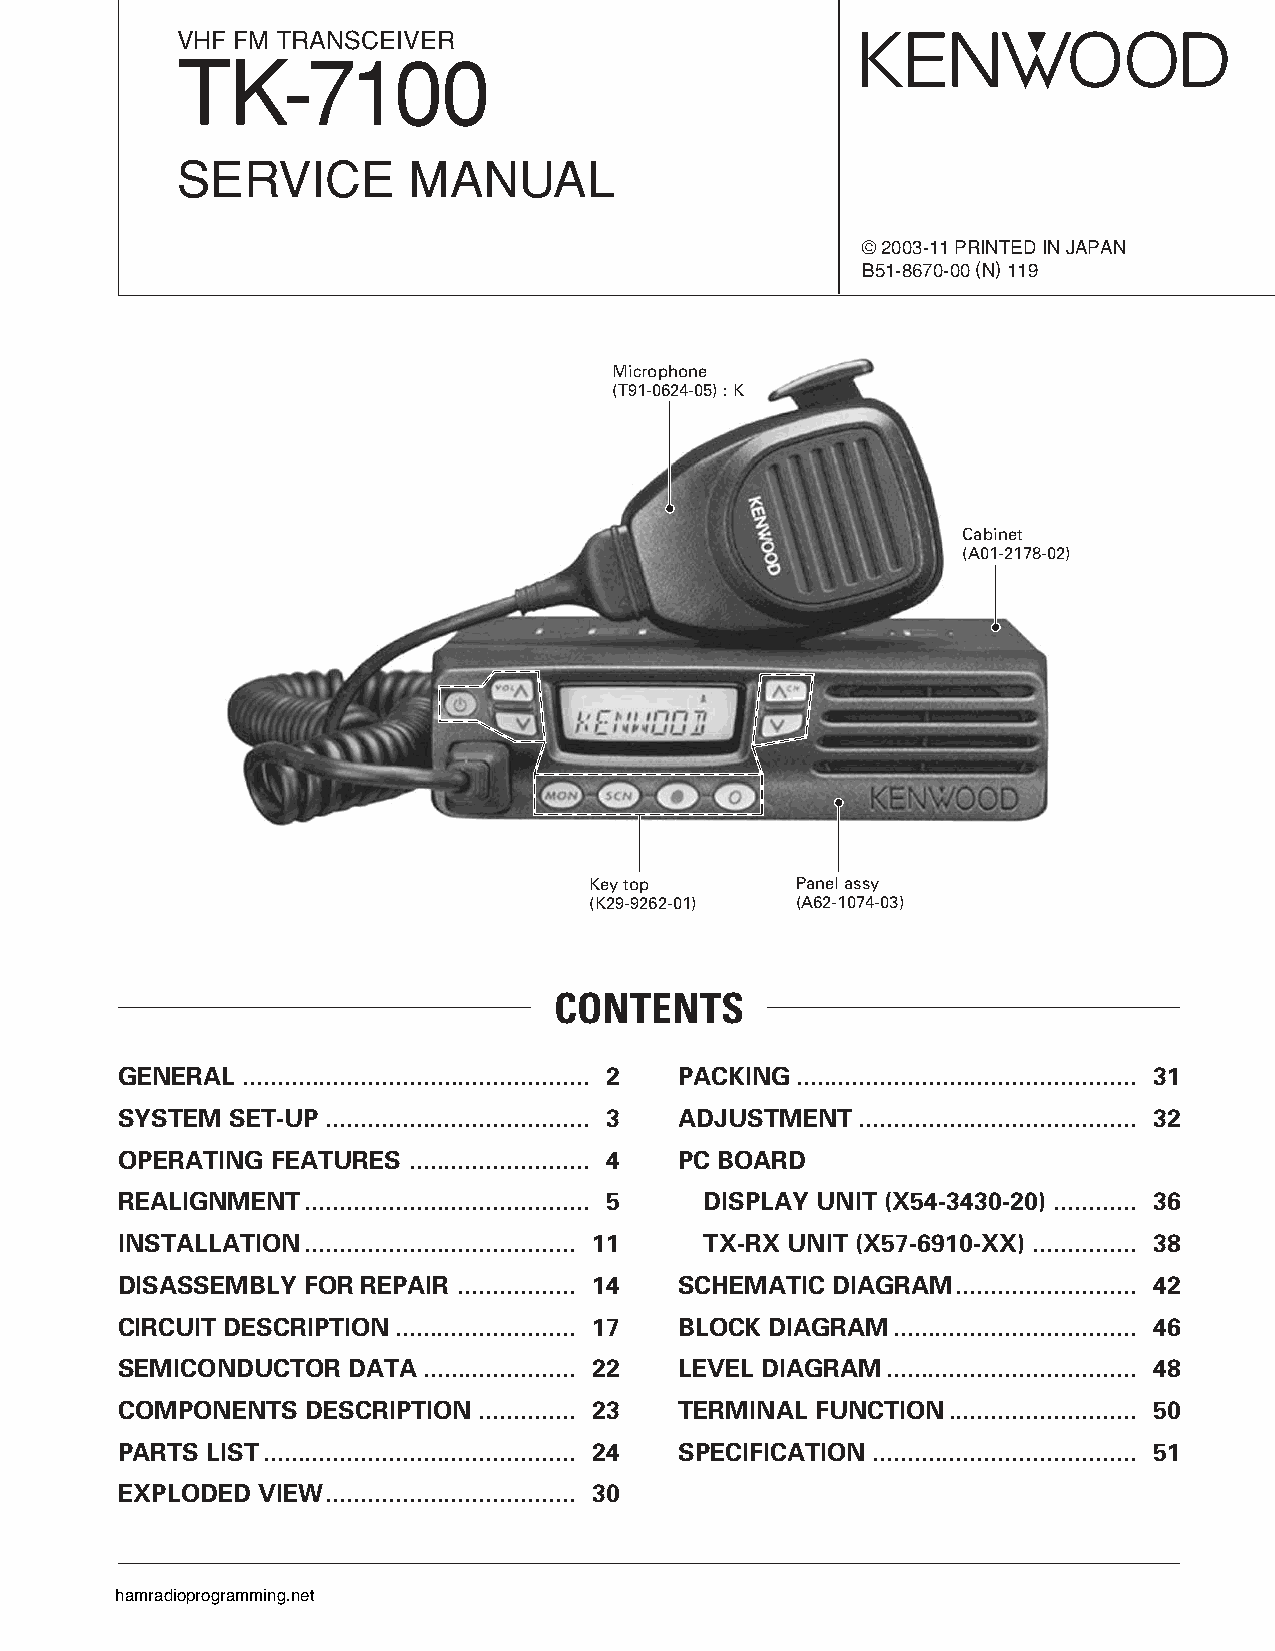
VHF FM TRANSCEIVER
 TK-7100
 SERVICE        MANUAL
 © 2003-11 PRINTED IN JAPAN
 B51-8670-00 (N) 119
 Microphone
 (T91-0624-05) : K
 Cabinet
 (A01-2178-02)
 Key top       Panel assy
 (K29-9262-01) (A62-1074-03)
 CONTENTS
 GENERAL .................................................. 2 PACKING................................................. 31
 SYSTEM SET-UP ...................................... 3 ADJUSTMENT........................................ 32
 OPERATING FEATURES .......................... 4 PC BOARD
 REALIGNMENT......................................... 5 DISPLAY UNIT (X54-3430-20) ............ 36
 INSTALLATION....................................... 11 TX-RX UNIT (X57-6910-XX) ............... 38
 DISASSEMBLY FOR REPAIR ................. 14 SCHEMATIC DIAGRAM.......................... 42
 CIRCUIT DESCRIPTION.......................... 17 BLOCK DIAGRAM................................... 46
 SEMICONDUCTOR  DATA...................... 22 LEVEL DIAGRAM.................................... 48
 COMPONENTS  DESCRIPTION .............. 23 TERMINAL FUNCTION........................... 50
 PARTS LIST............................................. 24 SPECIFICATION ...................................... 51
 EXPLODED VIEW.................................... 30